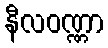
နီလဝဏ္ဏာ